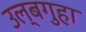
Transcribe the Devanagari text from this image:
उल्बगुहा